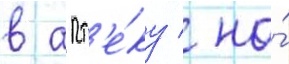
в апт'е́ку / на́